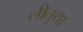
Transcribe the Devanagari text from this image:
लीतुया